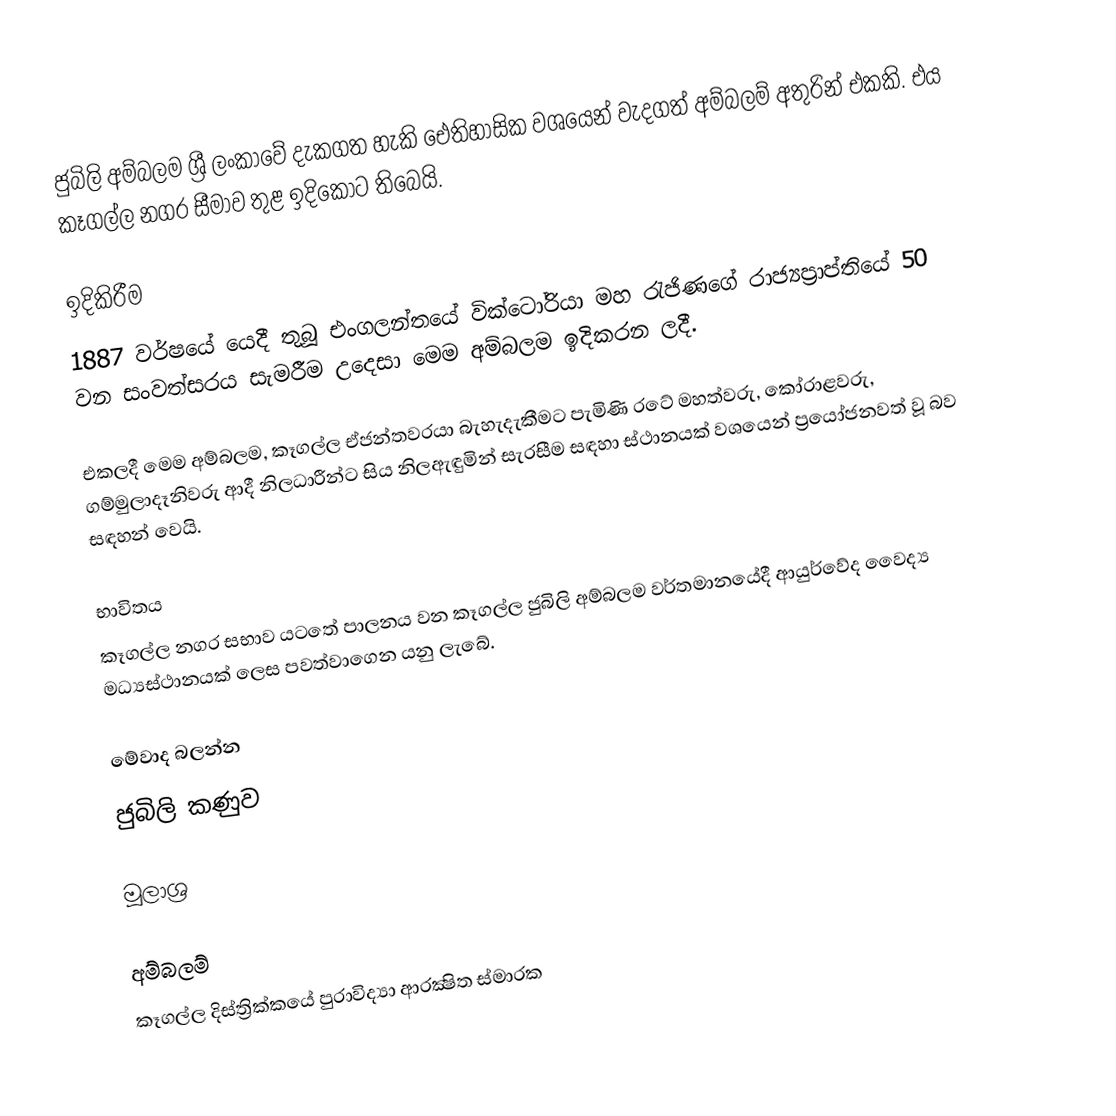
ජුබිලි අම්බලම ශ්‍රී ලංකාවේ දැකගත හැකි ඓතිහාසික වශයෙන් වැදගත් අම්බලම් අතුරින් එකකි. එය කෑගල්ල නගර සීමාව තුළ ඉදිකොට තිබෙයි.

ඉදිකිරීම
1887 වර්ෂයේ යෙදී තුබූ එංගලන්තයේ වික්ටෝරියා මහ රැජිණගේ රාජ්‍යප‍්‍රාප්තියේ 50 වන සංවත්සරය සැමරීම උදෙසා මෙම අම්බලම ඉදිකරන ලදී.

එකලදී මෙම අම්බලම, කෑගල්ල ඒජන්තවරයා බැහැදැකීමට පැමිණි රටේ මහත්වරු, කෝරාළවරු, ගම්මුලාදෑනිවරු ආදී නිලධාරීන්ට සිය  නිලඇඳුමින් සැරසීම සඳහා ස්ථානයක් වශයෙන් ප්‍රයෝජනවත් වූ බව සඳහන් වෙයි.

භාවිතය
කෑගල්ල නගර සභාව යටතේ පාලනය වන කෑගල්ල ජුබිලි අම්බලම වර්තමානයේදී ආයුර්වේද වෛද්‍ය මධ්‍යස්ථානයක් ලෙස පවත්වාගෙන යනු ලැබේ.

මේවාද බලන්න
ජුබිලි කණුව

මූලාශ්‍ර

අම්බලම්
කෑගල්ල දිස්ත්‍රික්කයේ පුරාවිද්‍යා ආරක්‍ෂිත ස්මාරක